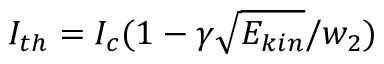
I _ { t h } = I _ { c } ( 1 - \gamma \sqrt { E _ { k i n } } / w _ { 2 } )